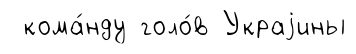
кома́нду голо́в Украjины